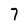
Character: 7